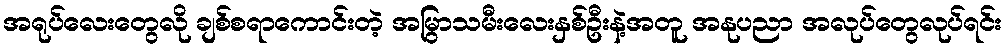
အရုပ်လေးတွေလို ချစ်စရာကောင်းတဲ့ အမြွာသမီးလေးနှစ်ဦးနဲ့အတူ အနုပညာ အလုပ်တွေလုပ်ရင်း